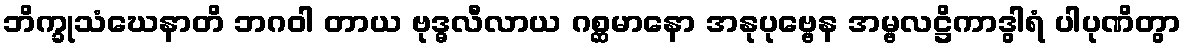
ဘိက္ခုသံဃေနာတိ ဘဂဝါ တာယ ဗုဒ္ဓလီလာယ ဂစ္ဆမာနော အနုပုဗ္ဗေန အမ္ဗလဋ္ဌိကာဒွါရံ ပါပုဏိတွာ